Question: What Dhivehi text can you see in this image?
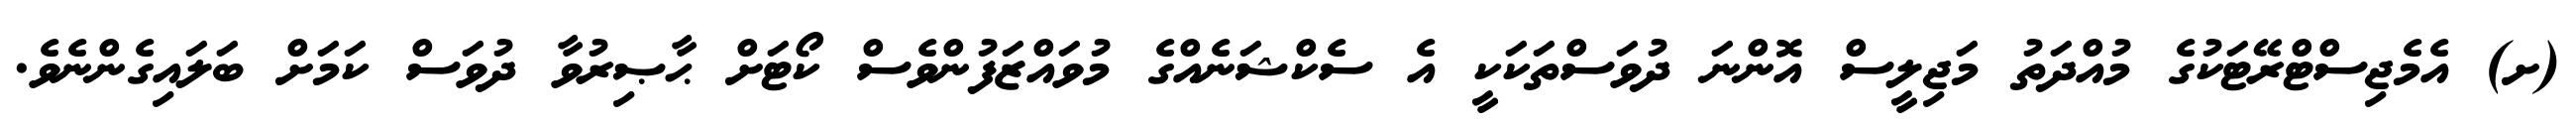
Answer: (ށ) އެމެޖިސްޓްރޭޓަކުގެ މުއްދަތު މަޖިލީސް އޮންނަ ދުވަސްތަކަކީ އެ ސެކްޝަނެއްގެ މުވައްޒަފުންވެސް ކޯޓަށް ޙާޞިރުވާ ދުވަސް ކަމަށް ބަލައިގެންނެވެ.